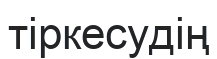
тіркесудің